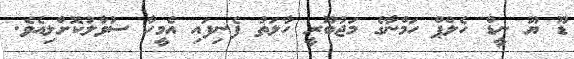
ޑޫ ޔޫ ނީޑް ހެލްޕް ހަމްނާގެ މަޖުބޫރީ ހާލަތު ފެނިފައި އެމީހާ ސުވާލުކޮށްލިއެވެ.